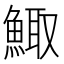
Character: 鯫